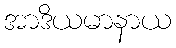
အာဒိယမာနာယ